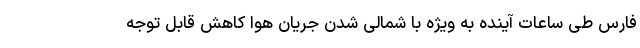
فارس طی ساعات‌ آینده به ویژه با شمالی شدن جریان هوا کاهش قابل توجه